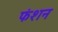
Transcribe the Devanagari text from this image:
फंशन